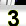
Digit: 3